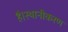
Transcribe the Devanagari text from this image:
है।स्थानीकरण